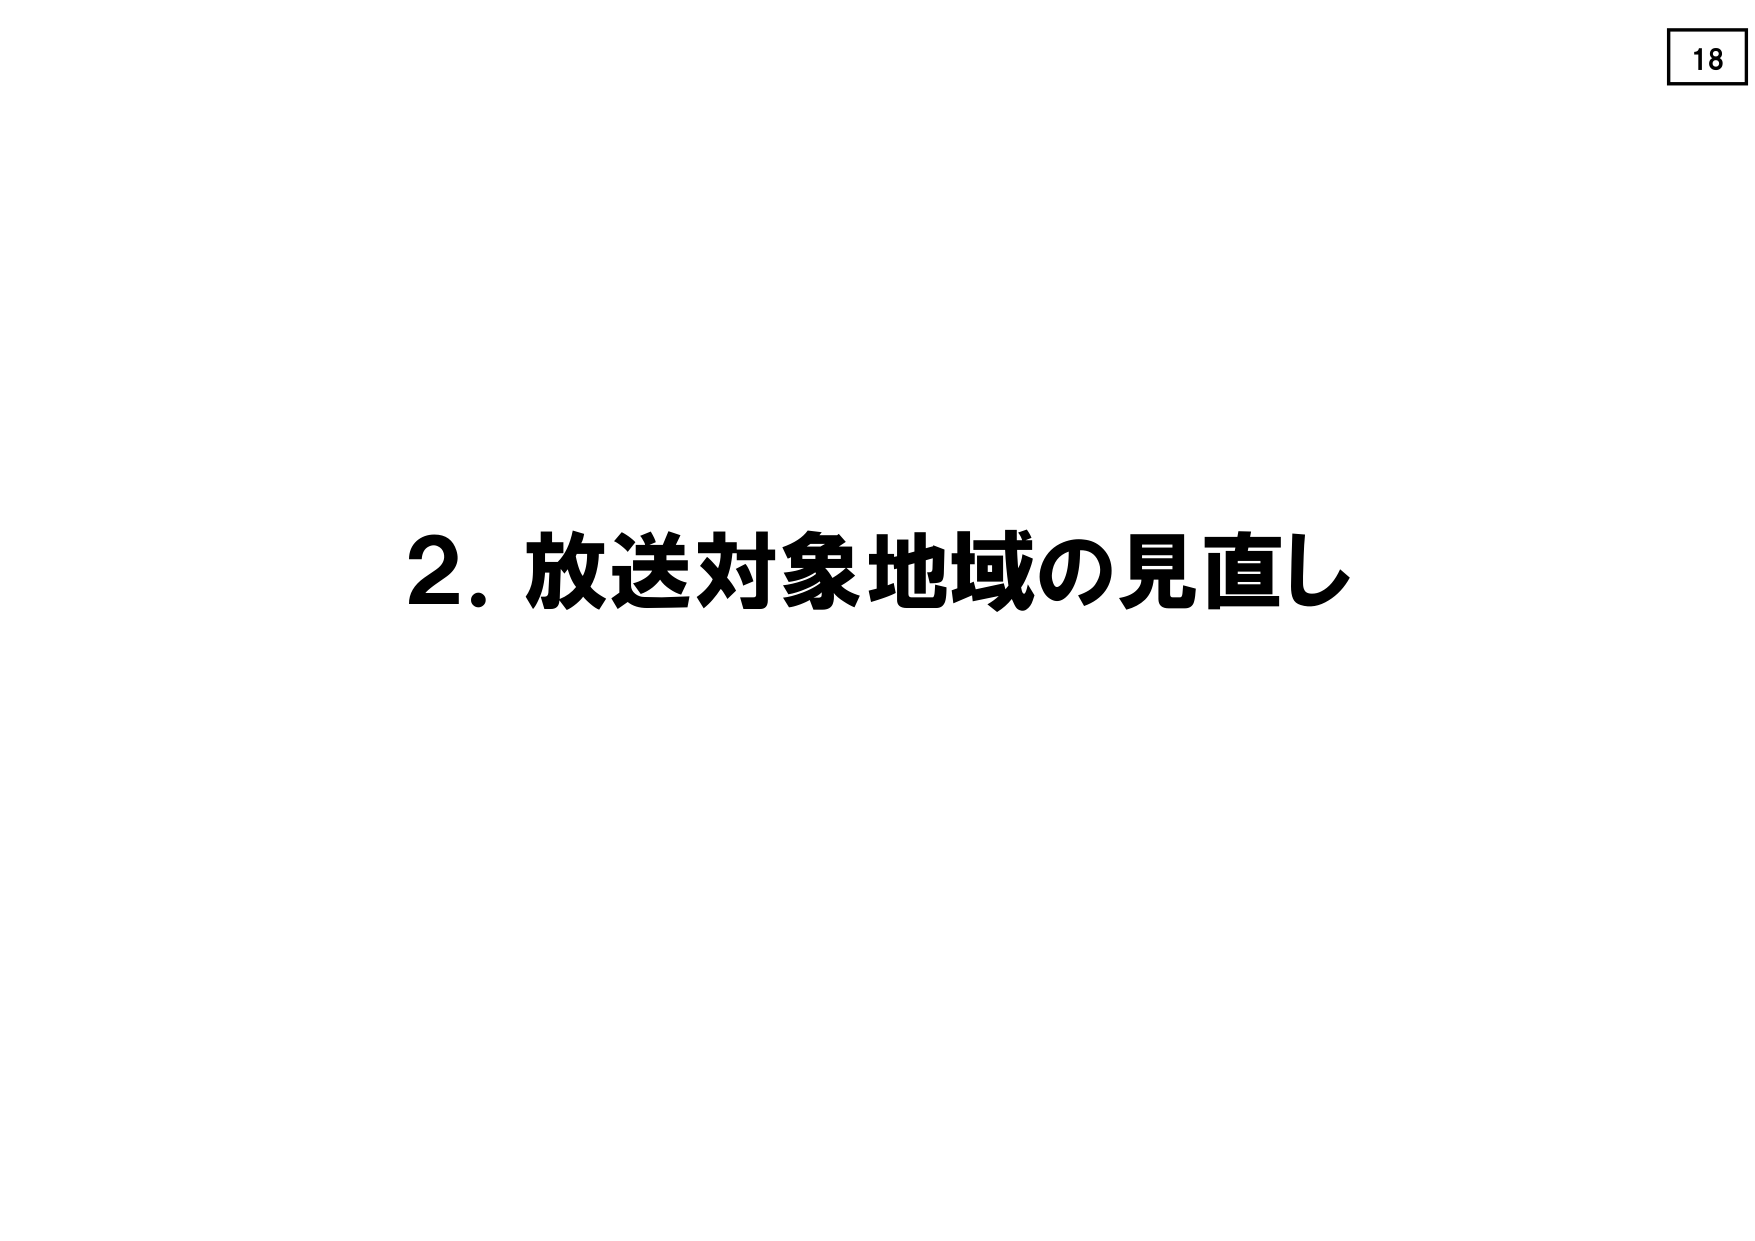
2. 放送対象地域の見直し
18